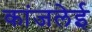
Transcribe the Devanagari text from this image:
कांजलेई